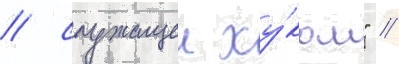
/ служащеи ху́ком" //